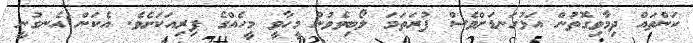
ކަންތައް ދިމާވިގޮތުން އަޅުގަނޑަށްވެސް ފުރަތަމަ ލޯބިވެވުނު މީހާވީ މީހެއްގެ ފިރިއަކަށެވެ. އެކަން އެނގުނީ